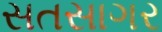
સતસાગર